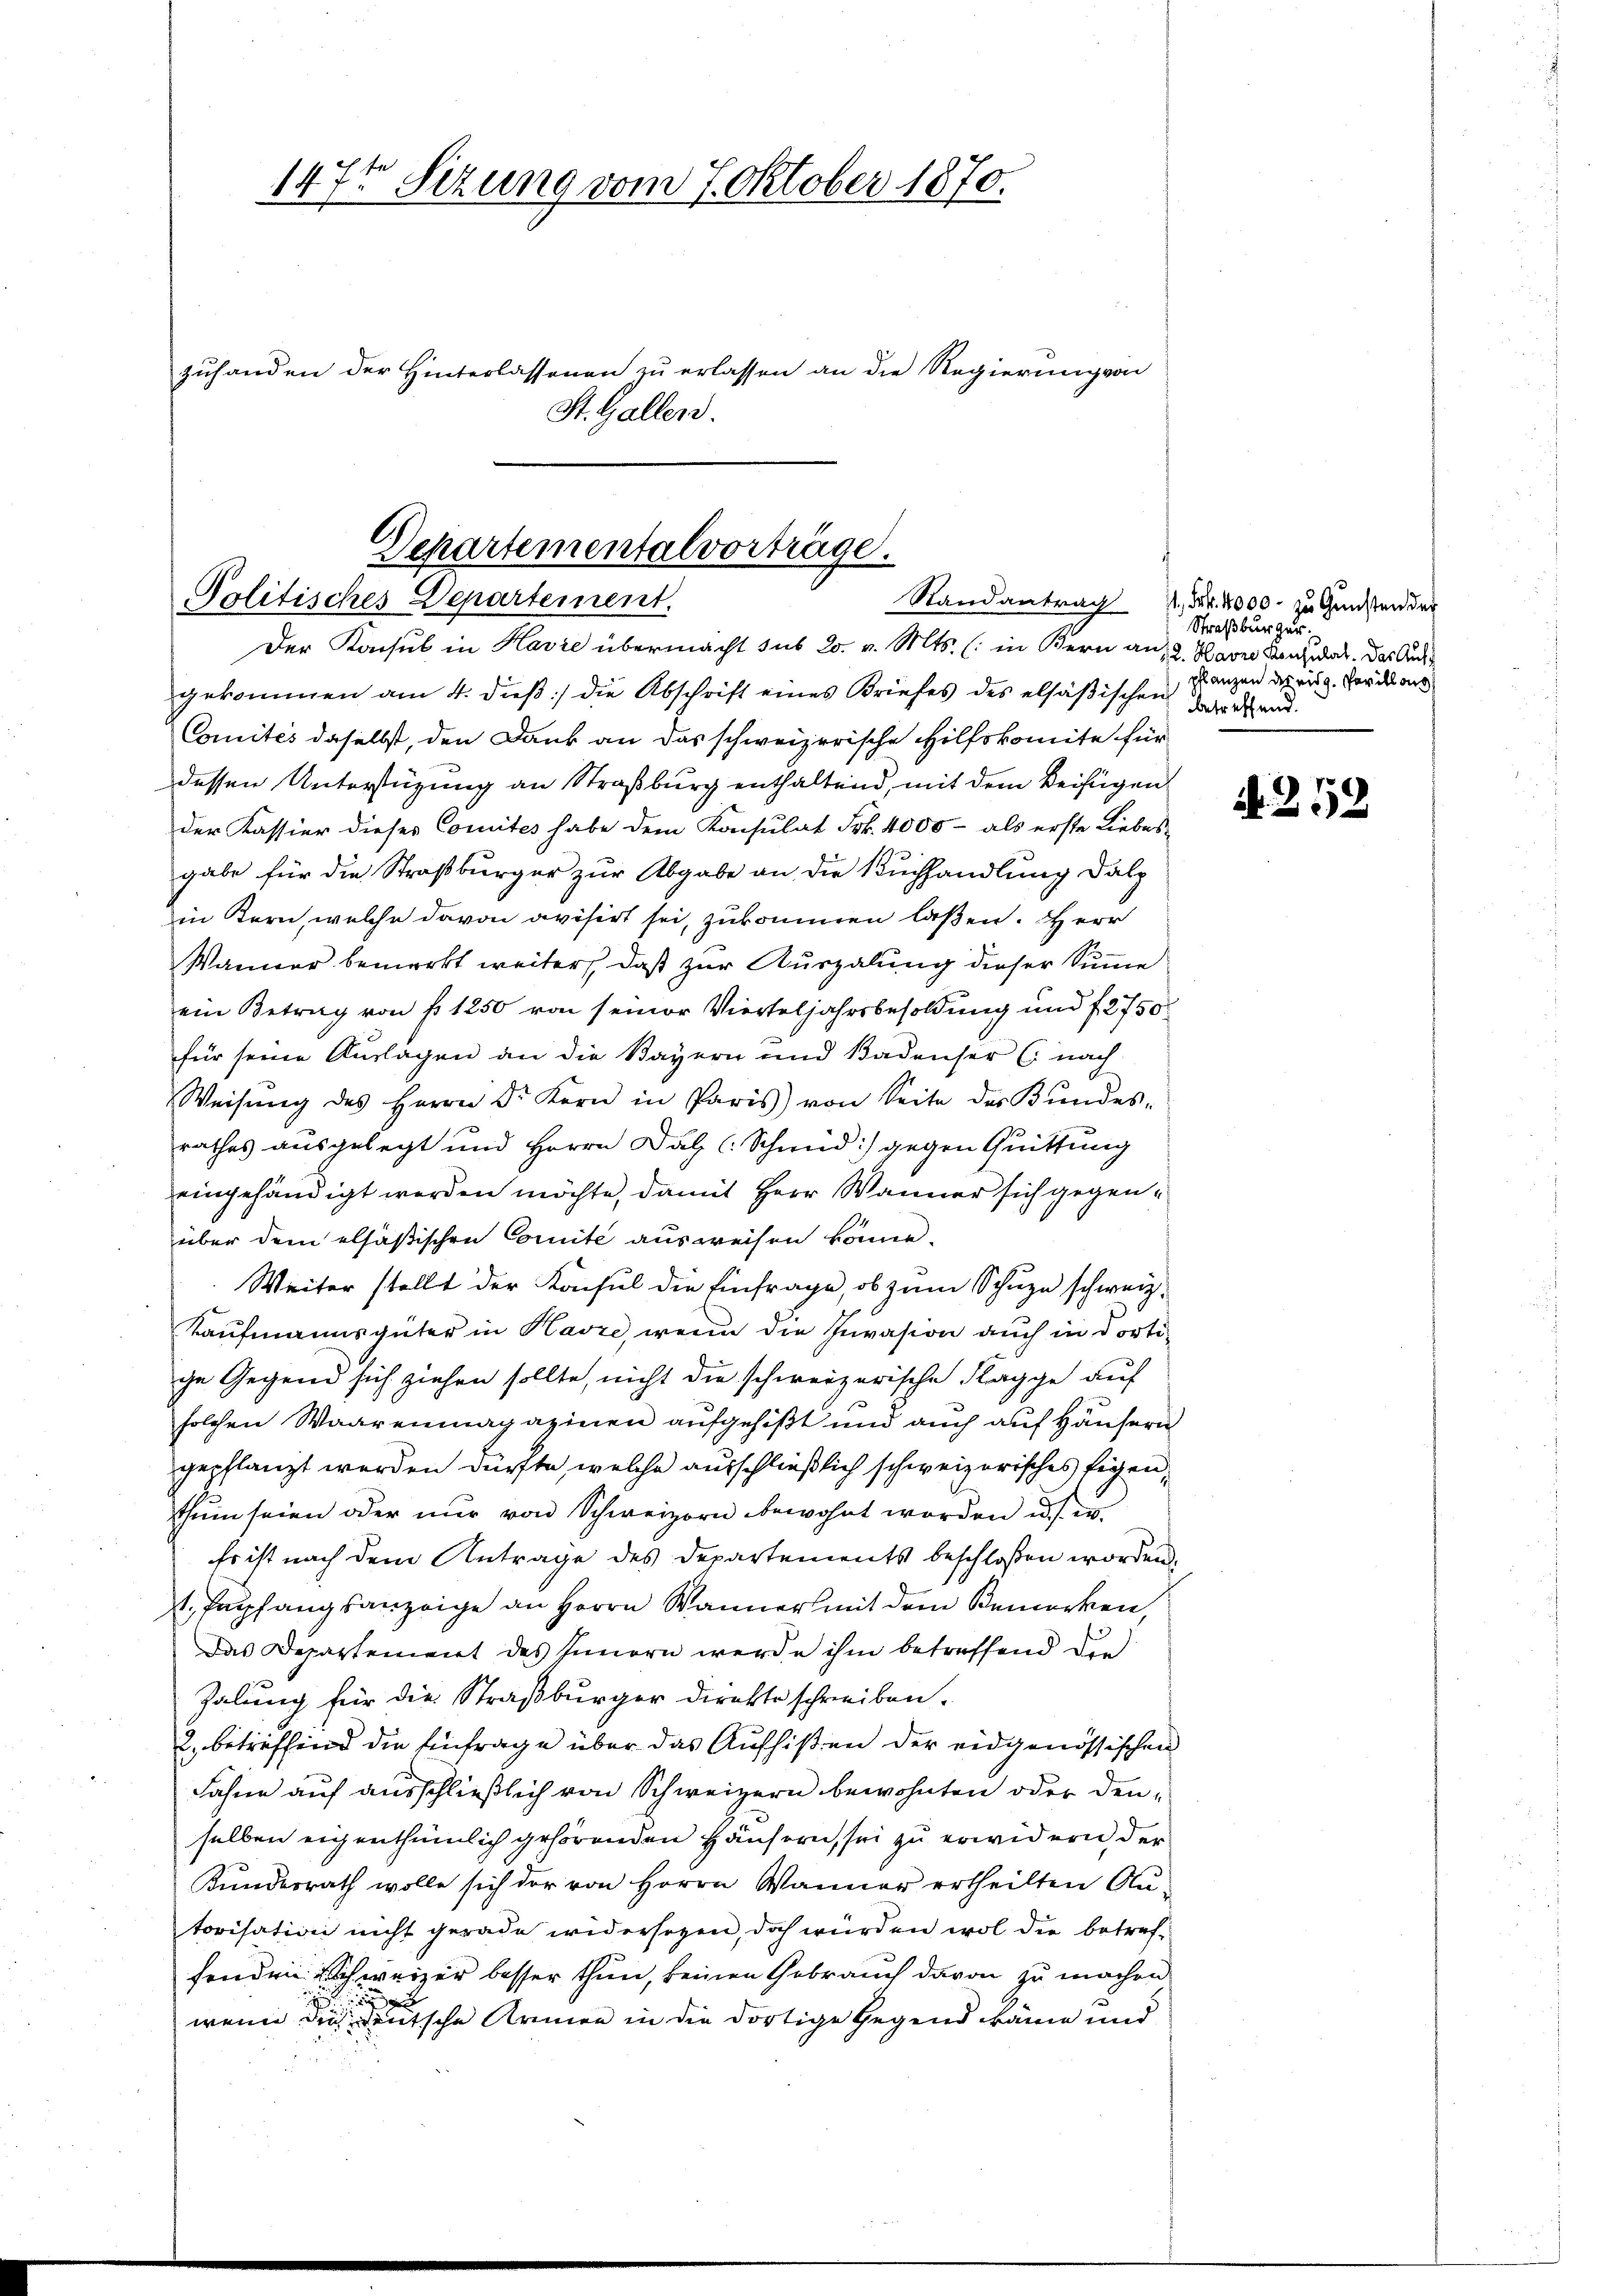
147t Sizung vom 7. Oktober 1870.
zuhanden der Hinterlassenen zu erlassen an die Regierung von
St. Gallen.

Separtementalvorträge.
Politisches Departement.
Der Konsul in Havre übermacht sub 20. v. Mts. (: in Bern an, 2. Havre Konzidet. Das Aus¬

gekommen am 4. dieß] die Abschrift eines Briefes des elsäßischen
Comités daselbst, den Dank an das schweizerische Hilfskomite für
dessen Unterstüzung an Straßburg enthaltend, mit dem Beifügen
der Kassier dieses Comites habe dem Konsulat Frk. 4000 - als erste Liebes
gabe für die Straßburger zur Abgabe an die Buchhandlung dalp
in Kern, welche davon avisirt sei, zukommen laßen. Herr
Wanner bemerkt weiter, daß zur Auszalung dieser Summe
ein Betrag von fr. 1250 von seiner Vierteljahrsbesoldung und f 2750
für seine Auslagen an die Bayern und Badenser (nach
Weisŭng des Herrn Dr. Kern in Paris von Seite des Kŭndes-
rathes ausgelegt und Herrn Dal (Schmid :/ gegen Quittung
eingehändigt werden möchte, damit Herr Wanner sich gegenüber dem elsäßischen Comité ausweisen könne.
Weiter stellt der Konsul die Einfrage, ob zum Schuze schweiz.
Kaufmannsgüter in Havre, wenn die Invasion auch in dortige Gegend sich ziehen sollte, nicht die schweizerische Klagge auf
solchen Waarenmagazinen aufgehißt und auch auf Häusern
gepflanzt werden dürfte, welche ausschließlich schweizerisches Eigenschein seien oder nur von Schweizern bewohnt worden u. s. w.
Es ist nach dem Antrage des Departements beschloßen worden,
t. Papfangsanzeige an Herrn Wanner mit dem Bemerken,
Das Departement des Innern werde ihm betreffend di
Zalung für die Straßburger Direkte schreiben.
2. betreffend die Einfrage über das Aufhißen der eidgenössischen
Fahne auf ausschließlich von Schweizern bewohnten oder denselben eigenthümlich gehörenden Häusern, sei zu erwidern, der
Kundesrath wolle sich der von Herrn Wanner ertheilten An-
torisation nicht gerade widersagen, doch würden wol die betrefsonden. Schweizer besser thun, keinen Gebrauch davon zu machen

wenn dies deutsche Armen in die dortige Gegend käme und

Randantrag 4. Frk. 4000 - zu Gunsten der
Straßburger.
pflanzen des eidg. Parill aus
betreffend.

A. 252